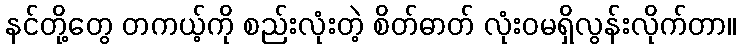
နင်တို့တွေ တကယ့်ကို စည်းလုံးတဲ့ စိတ်ဓာတ် လုံးဝမရှိလွန်းလိုက်တာ။